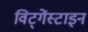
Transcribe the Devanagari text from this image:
विट्गेंस्टाइन